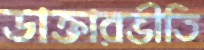
ডাক্তারভীতি